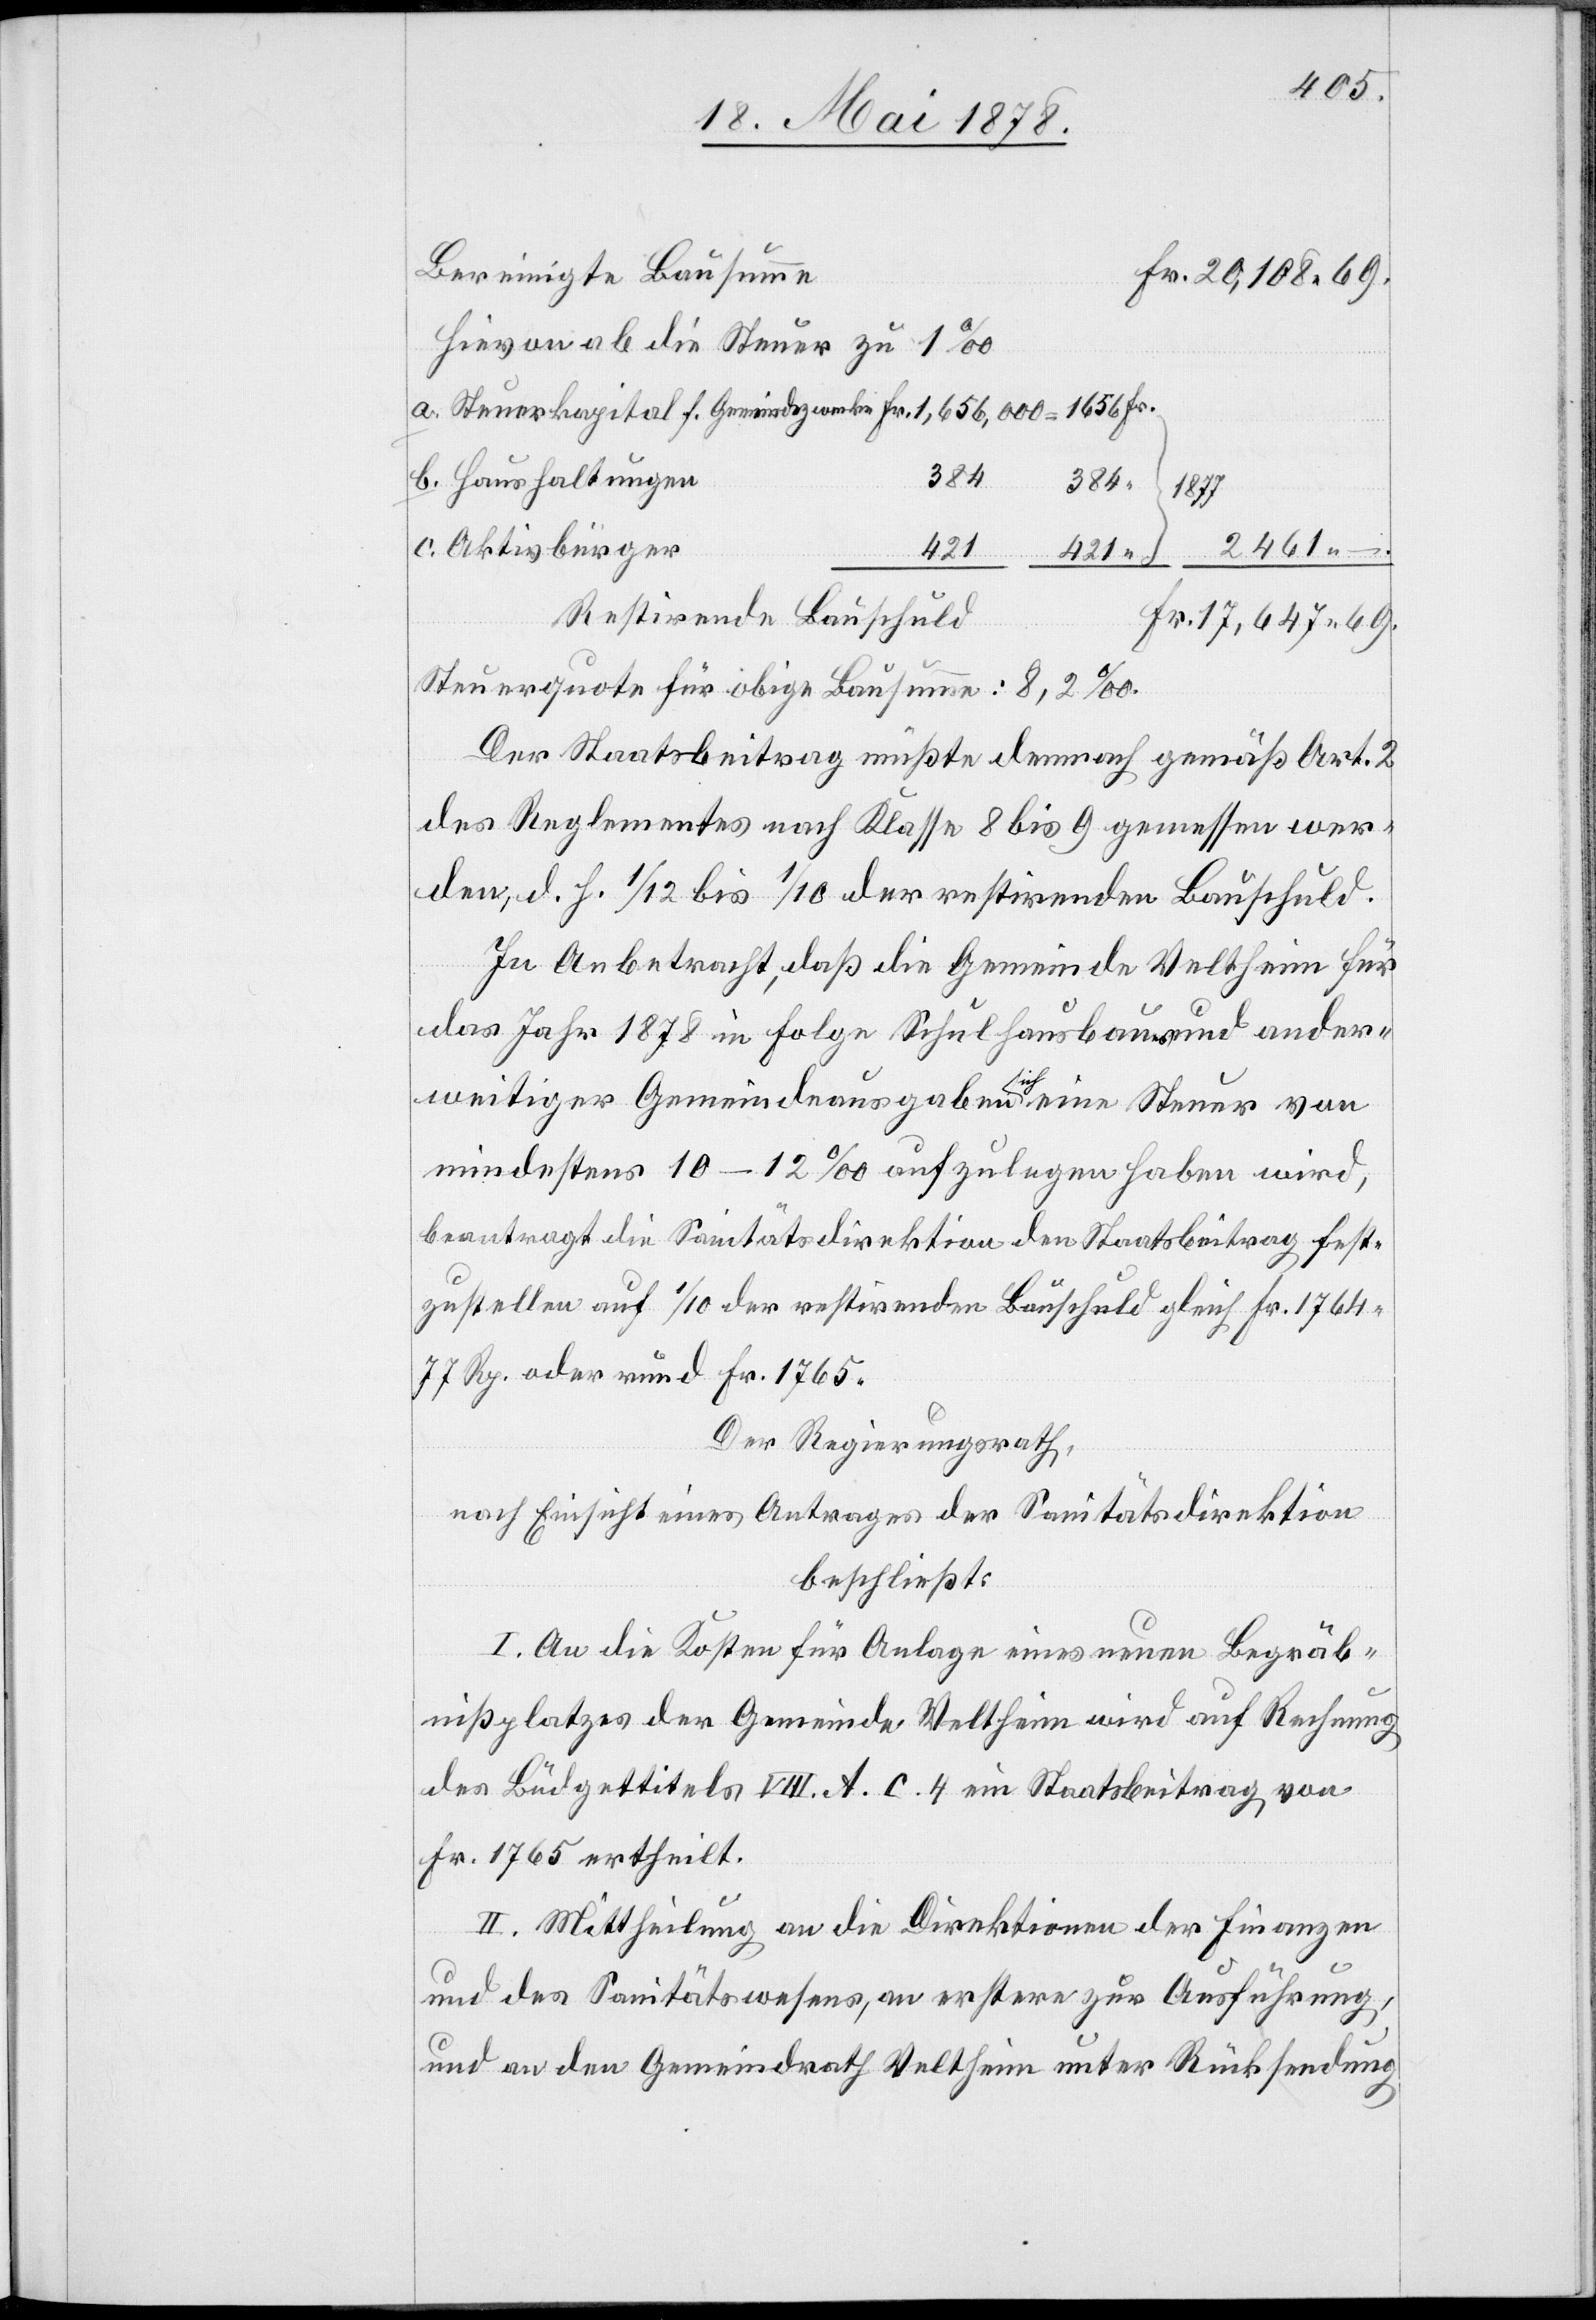
Bereinigte Bausumme
Fr. 20,108. 69.
Hievon ab die Steuer zu 1‰
384
b. Haushaltungen
⎬1877
c. Aktivbürger
421
⎭ 2461. –
Restirende Bauschuld
Fr. 17,647. 69
Steuerquote für obige Bausumme: 8,2‰.
Der Staatsbeitrag müßte demnach gemäß Art. 2
des Reglementes nach Klasse 8 bis 9 gemessen wer¬
den, d. h. 1/12 bis 1/10 der restirenden Bauschuld.
In Anbetracht, daß die Gemeinde Veltheim für
das Jahr 1878 in Folge Schulhausbau und ander¬
weitiger Gemeindeausgaben sich eine Steuer von
mindestens 10–12‰ aufzulegen haben wird,
beantragt die Sanitätsdirektion den Staatsbeitrag fest¬
zustellen auf 1/10 der restirenden Bauschuld gleich Fr. 1764.
77 Rp. oder rund Fr. 1765.
Der Regierungsrath,
nach Einsicht eines Antrages der Sanitätsdirektion
beschließt:
I. An die Kosten für Anlage eines neuen Begräb¬
nißplatzes der Gemeinde Veltheim wird auf Rechnung
des Büdgettitels VIII. A. c. 4 ein Staatsbeitrag von
Fr. 1765 ertheilt.
II. Mittheilung an die Direktionen der Finanzen
und des Sanitätswesens, an erstere zur Ausführung,
und an den Gemeindrath Veltheim unter Rücksendung